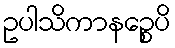
ဥပါသိကာနဉ္စေပိ